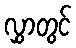
လွှာတွင်